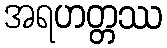
အရဟတ္တဿ